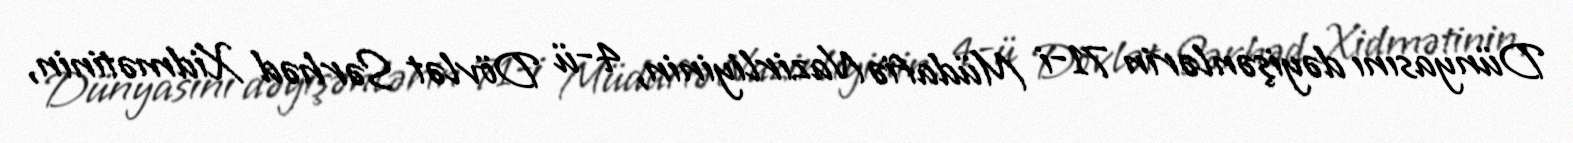
Dünyasını dəyişənlərin 71-i Müdafiə Nazirliyinin, 4-ü Dövlət Sərhəd Xidmətinin,